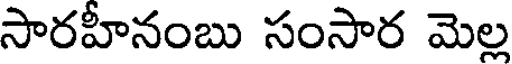
సారహీనంబు సంసార మెల్ల